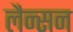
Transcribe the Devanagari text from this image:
लैन्सन